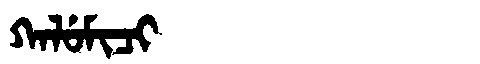
Manchu: ᡴᠠᠯᡠᠮᡳᠴᡳ
Romanization: KALUMICI